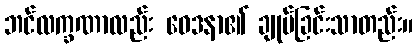
ဘင်လက္ခဏာလည်း ဝေဒနာ၏ ချုပ်ခြင်းသာတည်း။